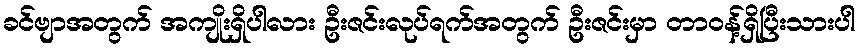
ခင်ဗျာအတွက် အကျိုးရှိပါလား ဦးဇင်းလုပ်ရက်အတွက် ဦးဇင်းမှာ တာဝန့်ရှိပြီးသားပါ